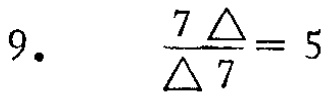
9. $\frac{7\Delta}{\Delta7}=5$